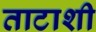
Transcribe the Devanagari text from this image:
ताटाशी